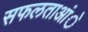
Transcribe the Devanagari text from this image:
सफलताआंे